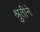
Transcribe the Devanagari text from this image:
श्रुतीने